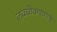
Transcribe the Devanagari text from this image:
लवचीकपणाचे